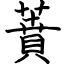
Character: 蕡